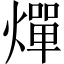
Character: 燀